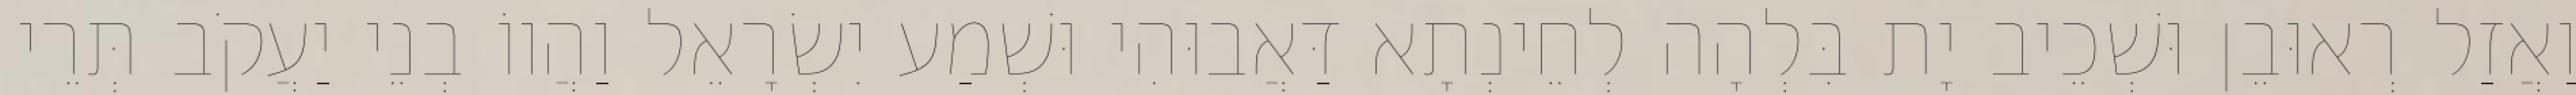
וַאֲזַל רְאוּבֵן וּשְׁכֵיב יָת בִּלְהָה לְחֵינְתָא דַּאֲבוּהִי וּשְׁמַע יִשְׂרָאֵל וַהֲווֹ בְנֵי יַעֲקֹב תְּרֵי